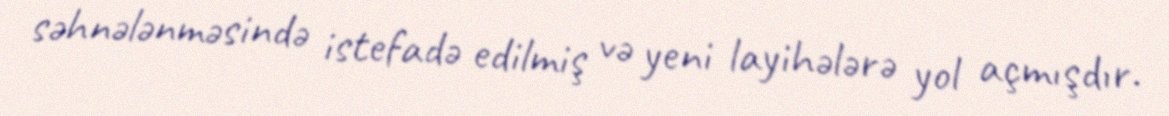
səhnələnməsində istefadə edilmiş və yeni layihələrə yol açmışdır.